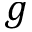
g